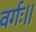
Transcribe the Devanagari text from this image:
वर्गः।।